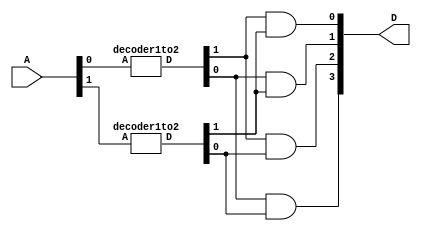
//2-to-4 Line Decoder
//4 AND gates on the output
//2x 1-to-2 Line Decoders

module decoder2to4(A, D);

input [1:0] A;
output [3:0] D;

wire [3:0] W;

decoder1to2 U0(.A(A[0]), .D(W[3:2]));
decoder1to2 U1(.A(A[1]), .D(W[1:0]));

assign D[0] = W[3] & W[1];
assign D[1] = W[2] & W[1];
assign D[2] = W[3] & W[0];
assign D[3] = W[2] & W[0];

endmodule

module decoder1to2 (
    A, D
);

input A;
output[1:0] D;

assign D[0] =  ~A;
assign D[1] = A;
    
endmodule